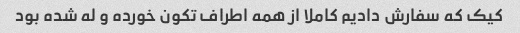
کیک که سفارش دادیم کاملا از همه اطراف تکون خورده و له شده بود